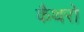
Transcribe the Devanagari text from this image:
कैथरो